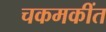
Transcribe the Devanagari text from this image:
चकमकींत